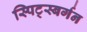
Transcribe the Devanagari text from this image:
स्पिट्स्बर्गन